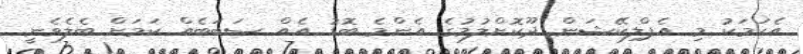
އެކަމަކު މި އެޕްލިކޭޝަން ދޫކޮށްލުމުގެ އެންމެ ބޮޑު އެއް ސަބަބެއް ކަމަށް ބެލެވެނީ